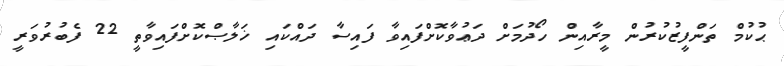
ޙުކުމް ތަންފީޒުކުރުން މީރާއިން ހޯދުމަށް ދަޢުވާކޮށްފައިވާ ފައިސާ ދައްކައި ޚަލާޞްކޮށްފައިވާތީ 22 ފެބުރުވަރީ